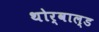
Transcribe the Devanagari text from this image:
थोर्वाल्ड